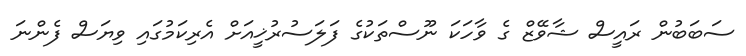
ސަބަބުން ރައީސް ޝާވޭޒް ގެ ވާހަކަ ނޫސްތަކުގެ ފަލަސުރުޚީއަށް އެރިކަމުގައި ވިޔަސް ފެންނަ